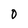
Character: O